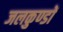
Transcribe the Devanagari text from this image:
जलकुण्डों